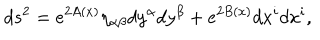
d s ^ { 2 } = e ^ { 2 A ( x ) } \eta _ { \alpha \beta } d y ^ { \alpha } d y ^ { \beta } + e ^ { 2 B ( x ) } d x ^ { i } d x ^ { i } ,